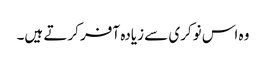
وہ اس نوکری سے زیادہ آفر کرتے ہیں۔